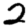
Digit: 2